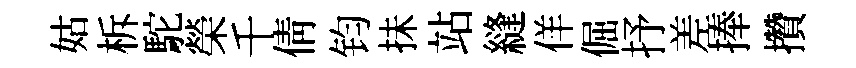
姑柝駝榮千倩钧抺站縫佯倔抒差捧攢